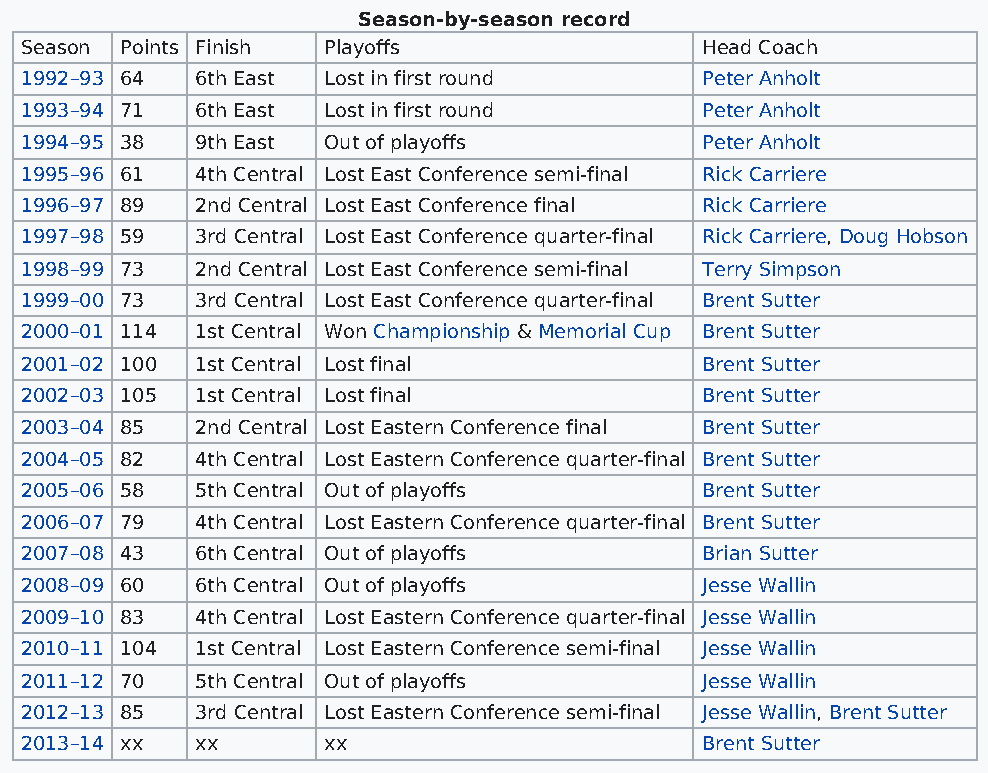
Season-by-season record
 Season Points Finish Playoffs                Head Coach
 1992–93 64  6th East Lost in first round     Peter Anholt
 1993–94 71  6th East Lost in first round     Peter Anholt
 1994–95 38  9th East Out of playoffs         Peter Anholt
 1995–96 61  4th Central Lost East Conference semi-final Rick Carriere
 1996–97 89  2nd Central Lost East Conference final Rick Carriere
 1997–98 59  3rd Central Lost East Conference quarter-final Rick Carriere, Doug Hobson
 1998–99 73  2nd Central Lost East Conference semi-final Terry Simpson
 1999–00 73  3rd Central Lost East Conference quarter-final Brent Sutter
 2000–01 114 1st Central Won Championship & Memorial Cup Brent Sutter
 2001–02 100 1st Central Lost final           Brent Sutter
 2002–03 105 1st Central Lost final           Brent Sutter
 2003–04 85  2nd Central Lost Eastern Conference final Brent Sutter
 2004–05 82  4th Central Lost Eastern Conference quarter-final Brent Sutter
 2005–06 58  5th Central Out of playoffs      Brent Sutter
 2006–07 79  4th Central Lost Eastern Conference quarter-final Brent Sutter
 2007–08 43  6th Central Out of playoffs      Brian Sutter
 2008–09 60  6th Central Out of playoffs      Jesse Wallin
 2009–10 83  4th Central Lost Eastern Conference quarter-final Jesse Wallin
 2010–11 104 1st Central Lost Eastern Conference semi-final Jesse Wallin
 2011–12 70  5th Central Out of playoffs      Jesse Wallin
 2012–13 85  3rd Central Lost Eastern Conference semi-final Jesse Wallin, Brent Sutter
 2013–14 xx  xx      xx                       Brent Sutter